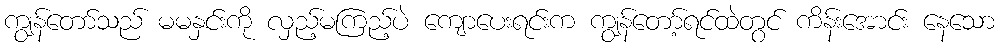
ကျွန်တော်သည် မမနှင်းကို လှည့်မကြည့်ပဲ ကျောပေးရင်းက ကျွန်တော့်ရင်ထဲတွင် ကိန်းအောင်း နေသော